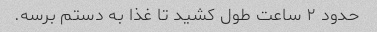
حدود ۲ ساعت طول کشید تا غذا به دستم برسه.